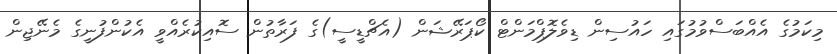
މިކަމުގެ އެއްބަސްވުމުގައި ހައުސިން ޑިވެލޮޕްމަންޓް ކޯޕަރޭޝަން (އެޗްޑީސީ)ގެ ފަރާތުން ސޮއިކުރެއްވީ އެކުންފުނީގެ މެނޭޖިން